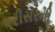
પરીસરની